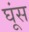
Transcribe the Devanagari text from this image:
घूंस